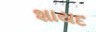
શાયદ